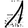
Digit: 1